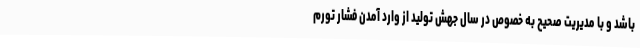
باشد و با مدیریت صحیح به خصوص در سال جهش تولید از وارد آمدن فشار تورم